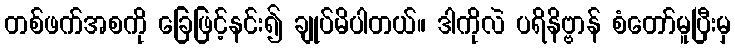
တစ်ဖက်အစကို ခြေဖြင့်နင်း၍ ချုပ်မိပါတယ်။ ဒါကိုလဲ ပရိနိဗ္ဗာန် စံတော်မူပြီးမှ